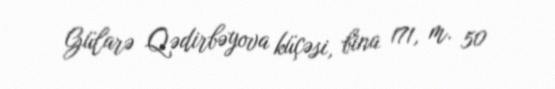
Gülarə Qədirbəyova küçəsi, bina 171, m. 50